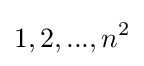
1,2,...,n^{2}